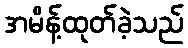
အမိန့်ထုတ်ခဲ့သည်